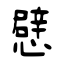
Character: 憵